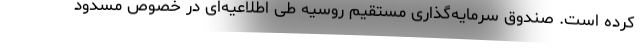
کرده است. صندوق سرمایه‌گذاری مستقیم روسیه طی اطلاعیه‌ای در خصوص مسدود